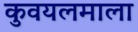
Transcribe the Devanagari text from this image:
कुवयलमाला